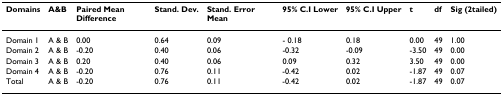
<table><thead><tr><td><b>Domains</b></td><td><b>A&amp;B</b></td><td><b>Paired Mean Difference</b></td><td><b>Stand. Dev.</b></td><td><b>Stand. Error Mean</b></td><td><b>95% C.I Lower</b></td><td><b>95% C.I Upper</b></td><td><b>t</b></td><td><b>df</b></td><td><b>Sig (2tailed)</b></td></tr></thead><tbody><tr><td>Domain 1</td><td>A &amp; B</td><td>0.00</td><td>0.64</td><td>0.09</td><td>- 0.18</td><td>0.18</td><td>0.00</td><td>49</td><td>1.00</td></tr><tr><td>Domain 2</td><td>A &amp; B</td><td>-0.20</td><td>0.40</td><td>0.06</td><td>-0.32</td><td>-0.09</td><td>-3.50</td><td>49</td><td>0.00</td></tr><tr><td>Domain 3</td><td>A &amp; B</td><td>0.20</td><td>0.40</td><td>0.06</td><td>0.09</td><td>0.32</td><td>3.50</td><td>49</td><td>0.00</td></tr><tr><td>Domain 4</td><td>A &amp; B</td><td>-0.20</td><td>0.76</td><td>0.11</td><td>-0.42</td><td>0.02</td><td>-1.87</td><td>49</td><td>0.07</td></tr><tr><td>Total</td><td>A &amp; B</td><td>-0.20</td><td>0.76</td><td>0.11</td><td>-0.42</td><td>0.02</td><td>-1.87</td><td>49</td><td>0.07</td></tr></tbody></table>